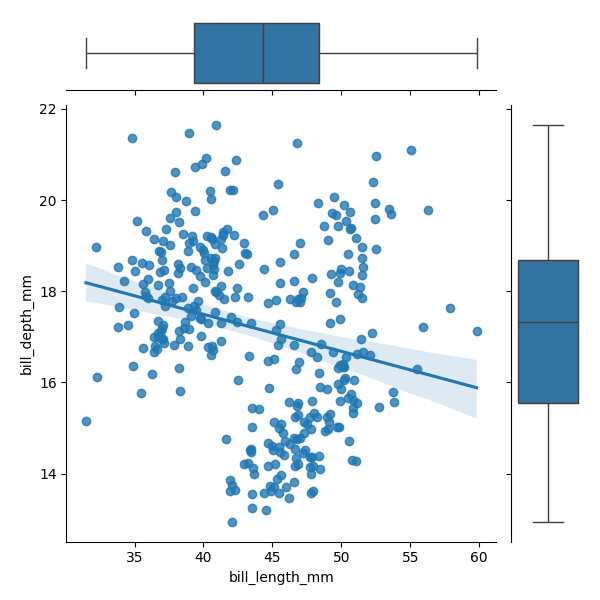
python, seaborn, JointGrid, regplot, boxplot